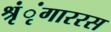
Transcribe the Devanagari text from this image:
श्रृंृंगाररस